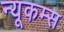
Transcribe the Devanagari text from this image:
न्यूकम्स